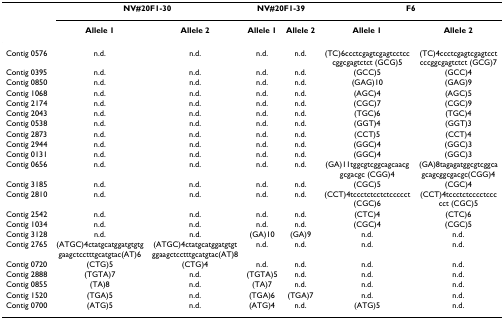
<table><thead><tr><td></td><td colspan="2"><b>NV#20F1-30</b></td><td colspan="2"><b>NV#20F1-39</b></td><td colspan="2"><b>F6</b></td></tr><tr><td></td><td><b>Allele 1</b></td><td><b>Allele 2</b></td><td><b>Allele 1</b></td><td><b>Allele 2</b></td><td><b>Allele 1</b></td><td><b>Allele 2</b></td></tr></thead><tbody><tr><td>Contig 0576</td><td>n.d.</td><td>n.d.</td><td>n.d.</td><td>n.d.</td><td>(TC)6ccctcgagtcgagtcctcccggcgagtctct (GCG)5</td><td>(TC)4ccctcgagtcgagtcctcccggcgagtctct (GCG)7</td></tr><tr><td>Contig 0395</td><td>n.d.</td><td>n.d.</td><td>n.d.</td><td>n.d.</td><td>(GCC)5</td><td>(GCC)4</td></tr><tr><td>Contig 0850</td><td>n.d.</td><td>n.d.</td><td>n.d.</td><td>n.d.</td><td>(GAG)10</td><td>(GAG)9</td></tr><tr><td>Contig 1068</td><td>n.d.</td><td>n.d.</td><td>n.d.</td><td>n.d.</td><td>(AGC)4</td><td>(AGC)5</td></tr><tr><td>Contig 2174</td><td>n.d.</td><td>n.d.</td><td>n.d.</td><td>n.d.</td><td>(CGC)7</td><td>(CGC)9</td></tr><tr><td>Contig 2043</td><td>n.d.</td><td>n.d.</td><td>n.d.</td><td>n.d.</td><td>(TGC)6</td><td>(TGC)4</td></tr><tr><td>Contig 0538</td><td>n.d.</td><td>n.d.</td><td>n.d.</td><td>n.d.</td><td>(GGT)4</td><td>(GGT)3</td></tr><tr><td>Contig 2873</td><td>n.d.</td><td>n.d.</td><td>n.d.</td><td>n.d.</td><td>(CCT)5</td><td>(CCT)4</td></tr><tr><td>Contig 2944</td><td>n.d.</td><td>n.d.</td><td>n.d.</td><td>n.d.</td><td>(GGC)4</td><td>(GGC)3</td></tr><tr><td>Contig 0131</td><td>n.d.</td><td>n.d.</td><td>n.d.</td><td>n.d.</td><td>(GGC)4</td><td>(GGC)3</td></tr><tr><td>Contig 0656</td><td>n.d.</td><td>n.d.</td><td>n.d.</td><td>n.d.</td><td>(GA)11tggcgtcggcagcaacggcgacgc (CGG)4</td><td>(GA)8tagagatggcgtcggcagcagcggcgacgc(CGG)4</td></tr><tr><td>Contig 3185</td><td>n.d.</td><td>n.d.</td><td>n.d.</td><td>n.d.</td><td>(CGC)5</td><td>(CGC)4</td></tr><tr><td>Contig 2810</td><td>n.d.</td><td>n.d.</td><td>n.d.</td><td>n.d.</td><td>(CCT)4tccctctcctctccccct (CGC)6</td><td>(CCT)4tccctctcccctccccct (CGC)5</td></tr><tr><td>Contig 2542</td><td>n.d.</td><td>n.d.</td><td>n.d.</td><td>n.d.</td><td>(CTC)4</td><td>(CTC)6</td></tr><tr><td>Contig 1034</td><td>n.d.</td><td>n.d.</td><td>n.d.</td><td>n.d.</td><td>(CGC)4</td><td>(CGC)5</td></tr><tr><td>Contig 3128</td><td>n.d.</td><td>n.d.</td><td>(GA)10</td><td>(GA)9</td><td>n.d.</td><td>n.d.</td></tr><tr><td>Contig 2765</td><td>(ATGC)4ctatgcatggatgtgtggaagctcctttgcatgtac(AT)6</td><td>(ATGC)4ctatgcatggatgtgtggaagctcctttgcatgtac(AT)8</td><td>n.d.</td><td>n.d.</td><td>n.d.</td><td>n.d.</td></tr><tr><td>Contig 0720</td><td>(CTG)5</td><td>(CTG)4</td><td>n.d.</td><td>n.d.</td><td>n.d.</td><td>n.d.</td></tr><tr><td>Contig 2888</td><td>(TGTA)7</td><td>n.d.</td><td>(TGTA)5</td><td>n.d.</td><td>n.d.</td><td>n.d.</td></tr><tr><td>Contig 0855</td><td>(TA)8</td><td>n.d.</td><td>(TA)7</td><td>n.d.</td><td>n.d.</td><td>n.d.</td></tr><tr><td>Contig 1520</td><td>(TGA)5</td><td>n.d.</td><td>(TGA)6</td><td>(TGA)7</td><td>n.d.</td><td>n.d.</td></tr><tr><td>Contig 0700</td><td>(ATG)5</td><td>n.d.</td><td>(ATG)4</td><td>n.d.</td><td>(ATG)5</td><td>n.d.</td></tr></tbody></table>